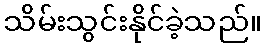
သိမ်းသွင်းနိုင်ခဲ့သည်။